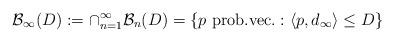
LaTeX: \begin{align*}\mathcal{B}_{\infty}(D) := \cap_{n=1}^{\infty} \mathcal{B}_n(D) = \{p\mbox{ prob.vec.}: \langle p, d_{\infty} \rangle \leq D\}\end{align*}